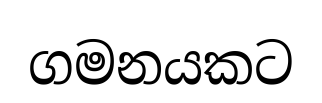
ගමනයකට